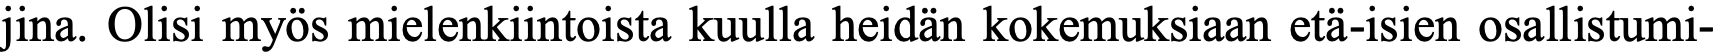
jina. Olisi myös mielenkiintoista kuulla heidän kokemuksiaan etä-isien osallistumi-